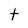
Character: t